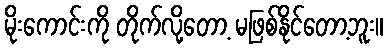
မိုးကောင်းကို တိုက်လို့တော့ မဖြစ်နိုင်တော့ဘူး။